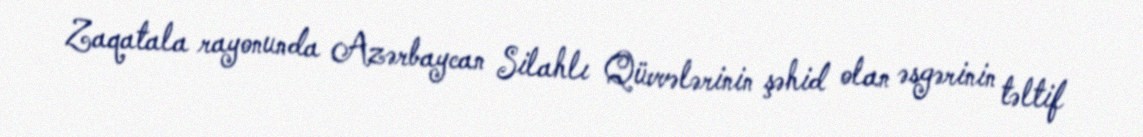
Zaqatala rayonunda Azərbaycan Silahlı Qüvvələrinin şəhid olan əsgərinin təltif